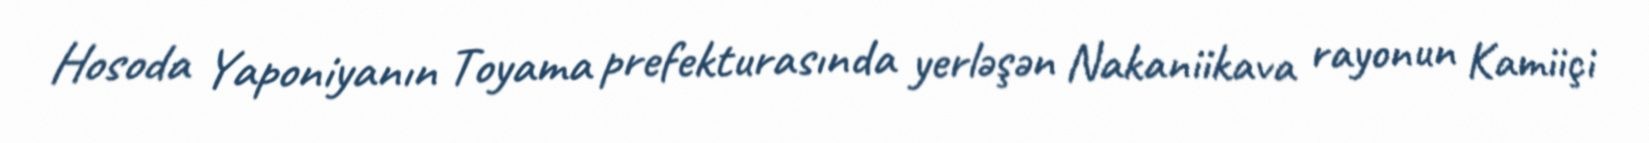
Hosoda Yaponiyanın Toyama prefekturasında yerləşən Nakaniikava rayonun Kamiiçi